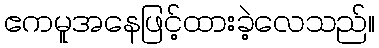
ဧကမူအနေဖြင့်ထားခဲ့လေသည်။